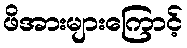
ဖိအားများကြောင့်